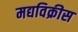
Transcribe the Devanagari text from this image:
मद्यविक्रीस